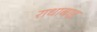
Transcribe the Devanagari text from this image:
राधाबाइ